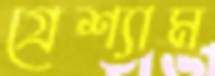
গ্রেশ্যাম